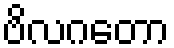
ဗိလဂတော